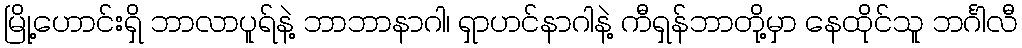
မြို့ဟောင်းရှိ ဘာလာပူရ်နဲ့ ဘာဘာနာဂါ၊ ရှာဟင်နာဂါနဲ့ ကီရှန်ဘာတို့မှာ နေထိုင်သူ ဘင်္ဂါလီ